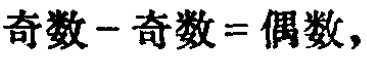
奇数 - 奇数 = 偶数，